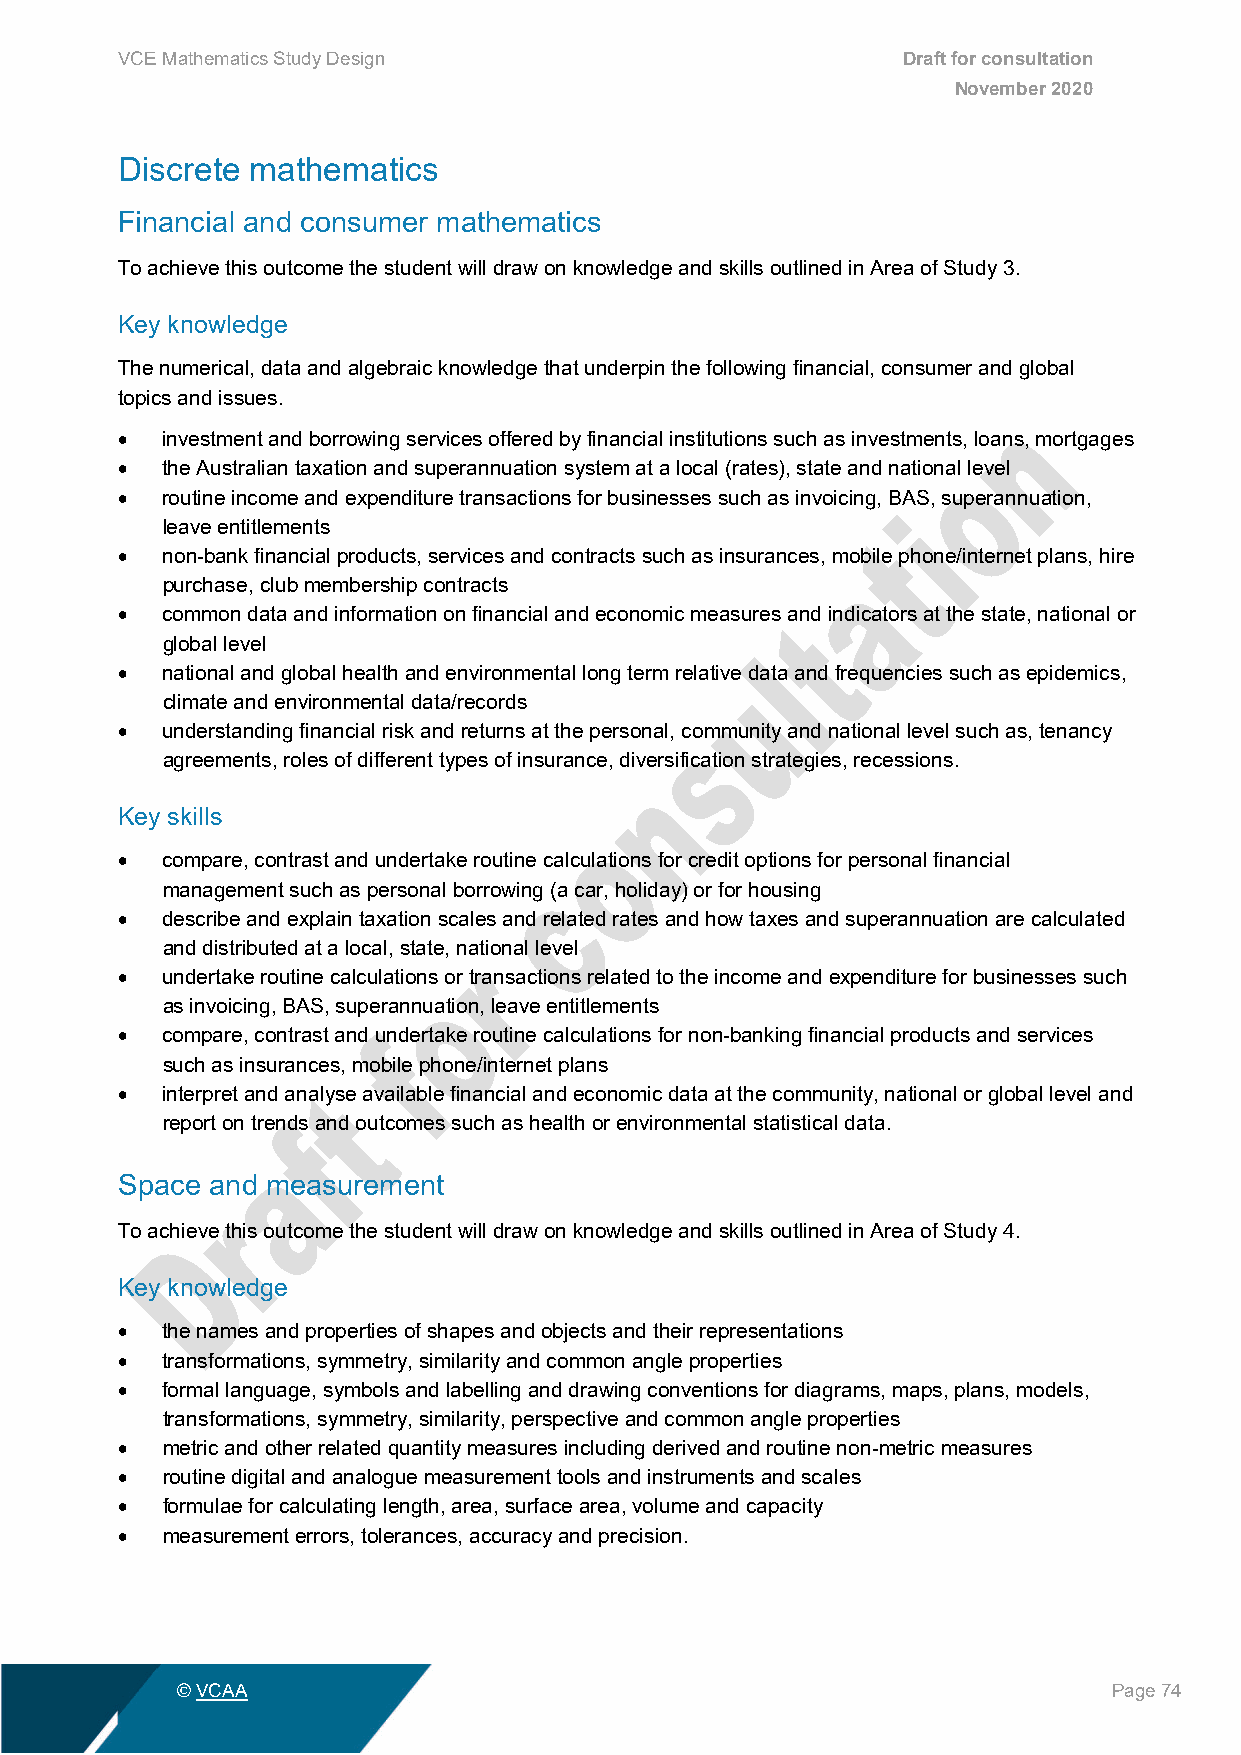
VCE Mathematics Study Design                        Draft for consultation
 November 2020
 Discrete mathematics
 Financial and consumer mathematics
 To achieve this outcome the student will draw on knowledge and skills outlined in Area of Study 3.
 Key knowledge
 The numerical, data and algebraic knowledge that underpin the following financial, consumer and global
 topics and issues.
 •  investment and borrowing services offered by financial institutions such as investments, loans, mortgages
 •  the Australian taxation and superannuation system at a local (rates), state and national level
 •  routine income and expenditure transactions for businesses such as invoicing, BAS, superannuation,
 leave entitlements
 •  non-bank financial products, services and contracts such as insurances, mobile phone/internet plans, hire
 purchase, club membership contracts
 •  common data and information on financial and economic measures and indicators at the state, national or
 global level
 •  national and global health and environmental long term relative data and frequencies such as epidemics,
 climate and environmental data/records
 •  understanding financial risk and returns at the personal, community and national level such as, tenancy
 agreements, roles of different types of insurance, diversification strategies, recessions.
 Key skills
 •  compare, contrast and undertake routine calculations for credit options for personal financial
 management such as personal borrowing (a car, holiday) or for housing
 •  describe and explain taxation scales and related rates and how taxes and superannuation are calculated
 and distributed at a local, state, national level
 •  undertake routine calculations or transactions related to the income and expenditure for businesses such
 as invoicing, BAS, superannuation, leave entitlements
 •  compare, contrast and undertake routine calculations for non-banking financial products and services
 such as insurances, mobile phone/internet plans
 •  interpret and analyse available financial and economic data at the community, national or global level and
 report on trends and outcomes such as health or environmental statistical data.
 Space and measurement
 To achieve this outcome the student will draw on knowledge and skills outlined in Area of Study 4.
 Key knowledge
 •  the names and properties of shapes and objects and their representations
 •  transformations, symmetry, similarity and common angle properties
 •  formal language, symbols and labelling and drawing conventions for diagrams, maps, plans, models,
 transformations, symmetry, similarity, perspective and common angle properties
 •  metric and other related quantity measures including derived and routine non-metric measures
 •  routine digital and analogue measurement tools and instruments and scales
 •  formulae for calculating length, area, surface area, volume and capacity
 •  measurement errors, tolerances, accuracy and precision.
 © VCAA                                                        Page 74